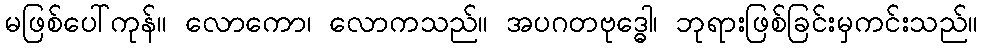
မဖြစ်ပေါ်ကုန်။ လောကော၊ လောကသည်။ အပဂတဗုဒ္ဓေါ၊ ဘုရားဖြစ်ခြင်းမှကင်းသည်။